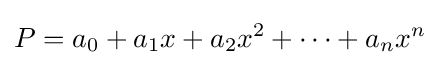
P=a_{0}+a_{1}x+a_{2}x^{2}+\cdots +a_{n}x^{n}